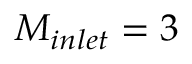
M _ { i n l e t } = 3